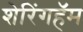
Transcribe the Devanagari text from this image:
शेरिंगहॅम